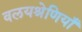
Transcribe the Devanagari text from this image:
वलयश्रेणियाँ